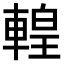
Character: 𨍧